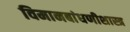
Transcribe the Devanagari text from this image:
विमानबांधणीशास्त्र